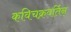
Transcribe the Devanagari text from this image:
कविचक्रवर्तिन्